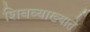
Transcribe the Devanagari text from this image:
शिवव्याख्याते